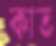
কাত